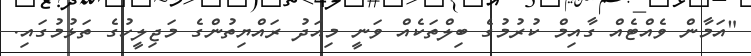
"އަމާން ވެއްޓެއް ގާއިމް ކުރުމުގެ ބިލްތަކެއް ވަނީ މިއަދު ރައްޔިތުންގެ މަޖިލީހުގެ ތަޅުމުގައި.